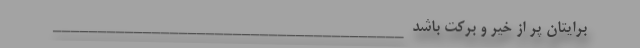
برایتان پر از خیر و برکت باشد _______________________________________